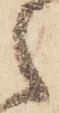
之